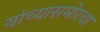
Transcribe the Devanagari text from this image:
यांच्यासमोरचा